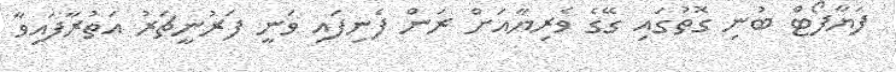
ފަޔާފޯޓް ބުނި ގޮތުގައި ގޭގެ ވެރިޔާއަށް ރަން ފެނިފައި ވަނީ ފަރުނީޗަރު އަތުރާފައިވާ